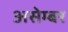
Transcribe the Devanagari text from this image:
असेम्बर